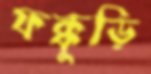
ফক্কুড়ি